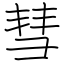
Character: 彗